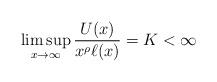
LaTeX: \begin{align*} \limsup_{x \to \infty} \frac{U(x)}{x^\rho \ell(x) } = K < \infty \end{align*}